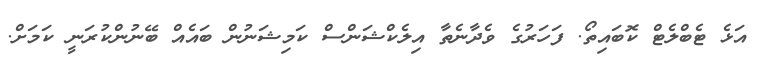
އަޅެ ޓެބްލެޓް ކޮބައިތޯ. ފަހަރުގެ ވެދާނެތާ އިލެކްޝަންސް ކަމިޝަނުން ބަައެއް ބޭނުންކުރަނީ ކަމަށް.